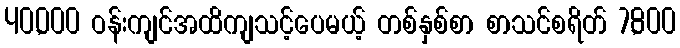
40,000 ဝန်းကျင်အထိကျသင့်ပေမယ့် တစ်နှစ်စာ စာသင်စရိတ် 7,800